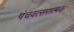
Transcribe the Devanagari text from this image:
पंचवत्सरात्मक